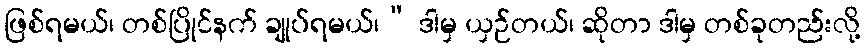
ဖြစ်ရမယ်၊ တစ်ပြိုင်နက် ချုပ်ရမယ်၊” ဒါမှ ယှဉ်တယ်၊ ဆိုတာ ဒါမှ တစ်ခုတည်းလို့